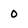
Character: 0